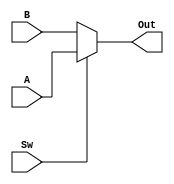
module Multiplexer(A, B, Sw, Out);
   parameter n = 16;
   
   input [n-1:0] A;
   input [n-1:0] B;
   
   input         Sw;
   
   output [n-1:0] Out;
   
   assign Out = Sw ? A : B;
   
endmodule // MUX